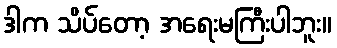
ဒါက သိပ်တော့ အရေးမကြီးပါဘူး။